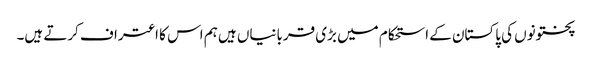
پختونوں کی پاکستان کے استحکام میں بڑی قربانیاں ہیں ہم اس کا اعتراف کرتے ہیں۔